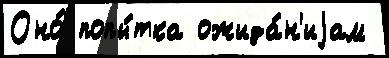
Оно́ попы́тка ожида́н'иjам